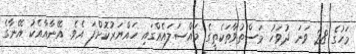
މަހުގެ 28 ވަނަ ދުވަހު މަސްތުވާތަކެތީގެ މައްސަލައެއްގައި ހައްޔަރުކޮށްފަ އެވެ. އޭނާއާއެކު އޭނާގެ